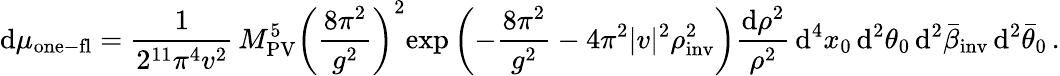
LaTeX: \mathrm{d}\mu_{\mathrm{one-fl}}=\frac{1}{2^{11}\pi^{4}v^{2}}\, M_{\mathrm{PV}}^{5}\left(\frac{8\pi^{2}}{g^{2}}\right)^{2}\! \exp\left(-\frac{8\pi^{2}}{g^{2}}-4\pi^{2}|v|^{2}\rho_{\mathrm{inv}}^{2}\right)\frac{\mathrm{d}\rho^{2}}{\rho^{2}}\, \mathrm{d}^{4}x_{0}\, \mathrm{d}^{2}\theta_{0}\, \mathrm{d}^{2}\bar{\beta}_{\mathrm{inv}}\, \mathrm{d}^{2}\bar{\theta}_{0}\, .